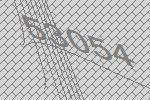
53054